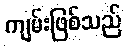
ကျမ်းဖြစ်သည်